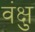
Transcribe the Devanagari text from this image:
वंक्षु